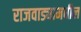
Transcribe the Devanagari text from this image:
राजवाड्यामधील